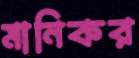
মানিকর